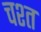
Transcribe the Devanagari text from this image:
चश्त